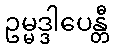
ဥမ္မဒ္ဒါပေန္တီ